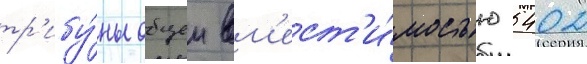
тр'ибу́ны общеи вм'ест'и́мостью 5402